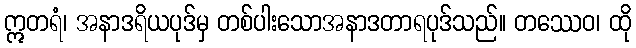
ဣတရံ၊ အနာဒရိယပုဒ်မှ တစ်ပါးသောအနာဒတာရပုဒ်သည်။ တဿေဝ၊ ထို